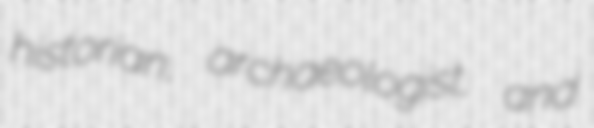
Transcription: historian, archaeologist, and